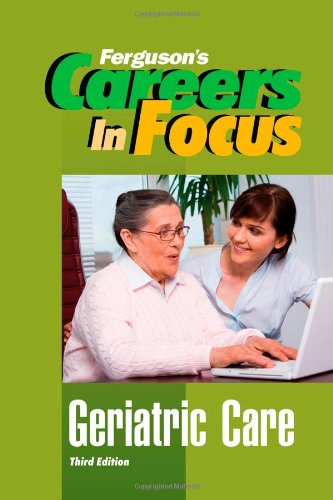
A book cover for Geriatric Care, Third Edition (Ferguson's Careers in Focus); Ferguson; Teen & Young Adult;